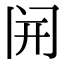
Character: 𫔭